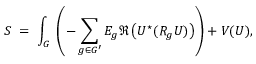
{ \cal S } \; = \; \int _ { G } \; \left( - \sum _ { g \in G ^ { \prime } } E _ { g } \Re \left( U ^ { \star } ( R _ { g } U ) \right) \right) + V ( U ) ,